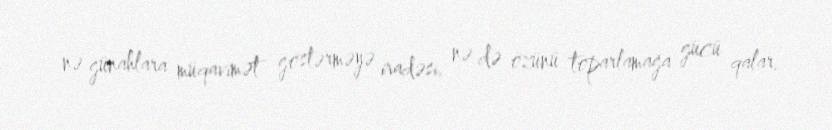
nə günahlara müqavimət göstərməyə iradəsi, nə də özünü toparlamağa gücü qalar.